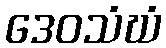
ဒေဝသံဃံ